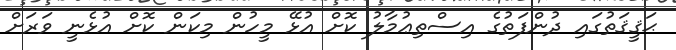
ޙަޤީޤަތުގައި ދުންފަތުގެ އިސްތިޢުމާލު ކޮށް އުޅޭ މީހުން މިކަން ކޮށް އުޅެނީ ވަރަށް